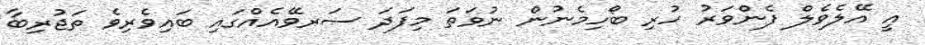
އީ އޭލެވެލް ފެންވަރު ހުރި ބޯހިމެނުން ނުވަތަ މިފަދަ ސަރވޭއެއްގައި ބައިވެރިވެ ތަޖުރިބާ